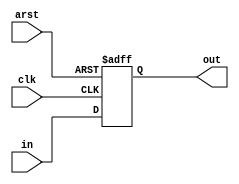
module coreir_reg_arst #(
    parameter width = 1,
    parameter arst_posedge = 1,
    parameter clk_posedge = 1,
    parameter init = 1
) (
    input clk,
    input arst,
    input [width-1:0] in,
    output [width-1:0] out
);
  reg [width-1:0] outReg;
  wire real_rst;
  assign real_rst = arst_posedge ? arst : ~arst;
  wire real_clk;
  assign real_clk = clk_posedge ? clk : ~clk;
  always @(posedge real_clk, posedge real_rst) begin
    if (real_rst) outReg <= init;
    else outReg <= in;
  end
  assign out = outReg;
endmodule